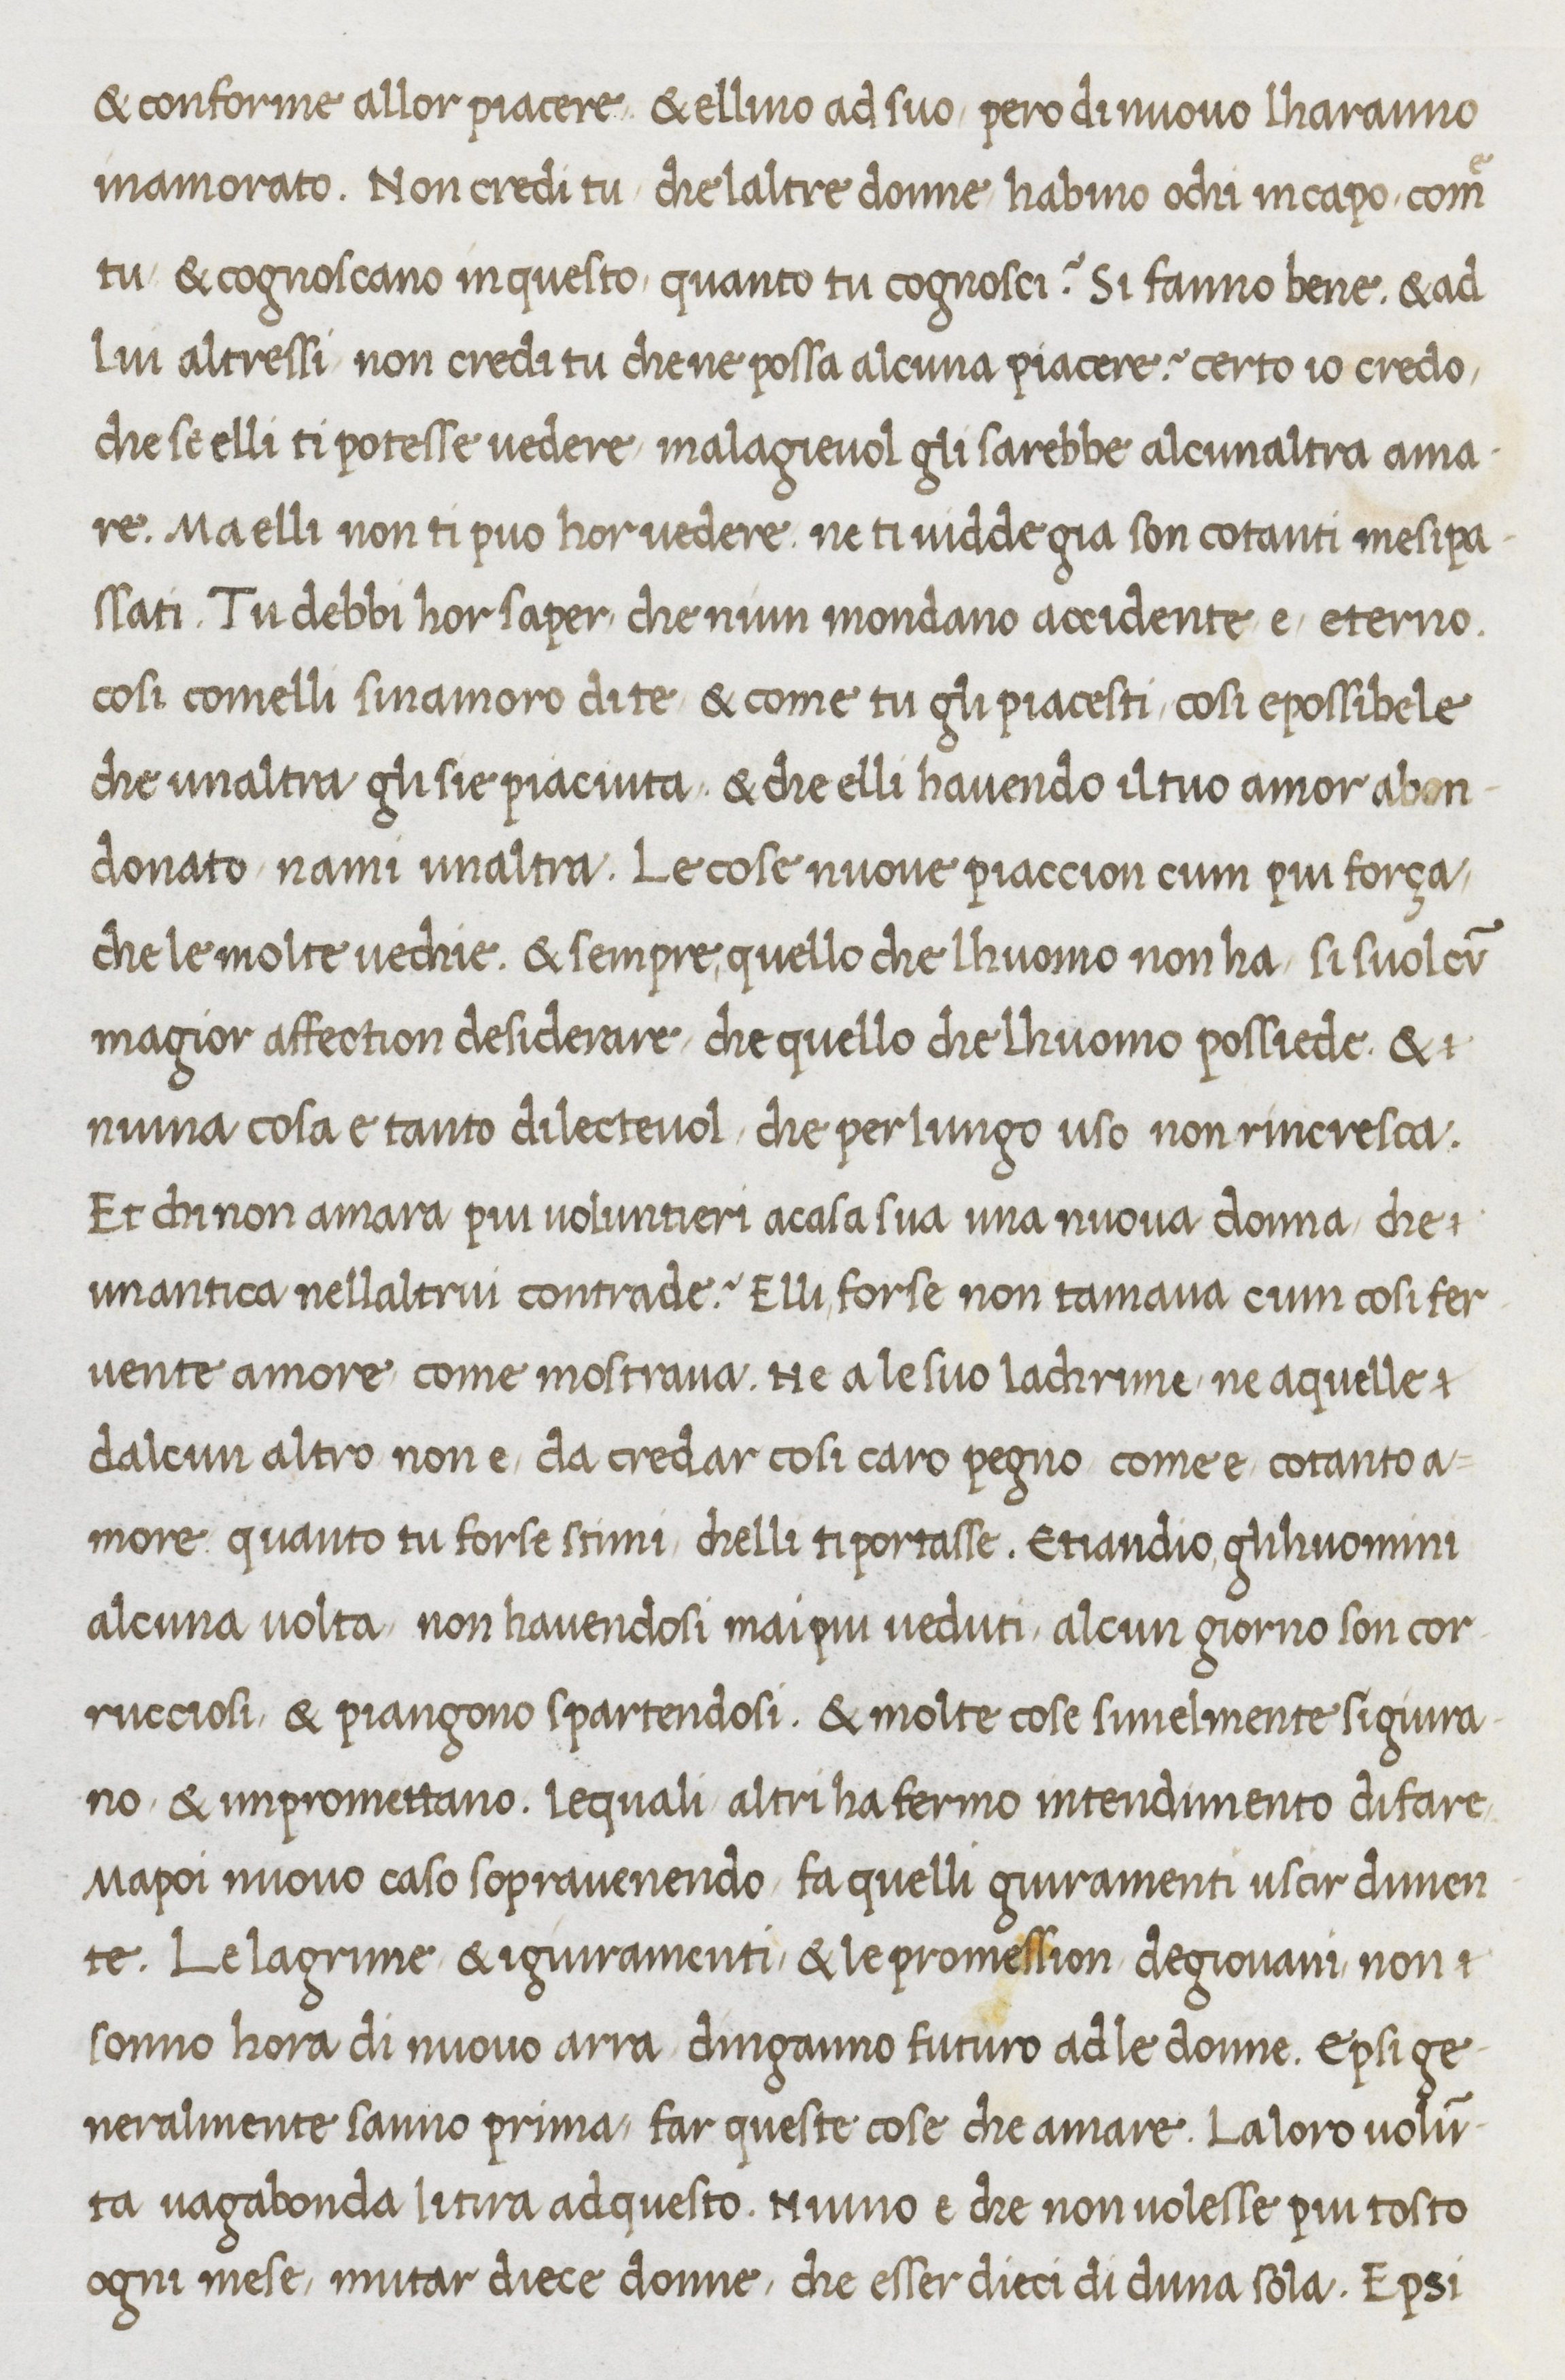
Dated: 1467–1467